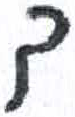
אות: ד